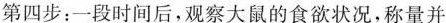
第四步：一段时间后，观察大鼠的食欲状况，称量并